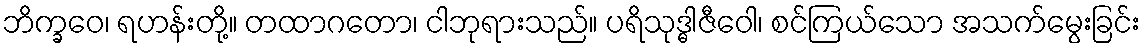
ဘိက္ခဝေ၊ ရဟန်းတို့။ တထာဂတော၊ ငါဘုရားသည်။ ပရိသုဒ္ဓါဇီဝေါ၊ စင်ကြယ်သော အသက်မွေးခြင်း